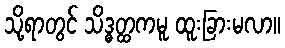
သို့ရာတွင် သိဒ္ဓတ္ထကမူ ထူးခြားမလာ။